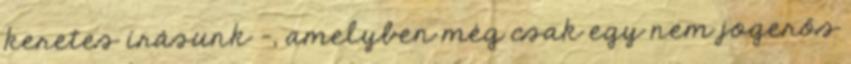
keretes írásunk –, amelyben még csak egy nem jogerős